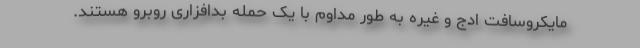
مایکروسافت ادج و غیره به طور مداوم با یک حمله بدافزاری روبرو هستند.